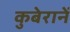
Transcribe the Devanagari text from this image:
कुबेरानें